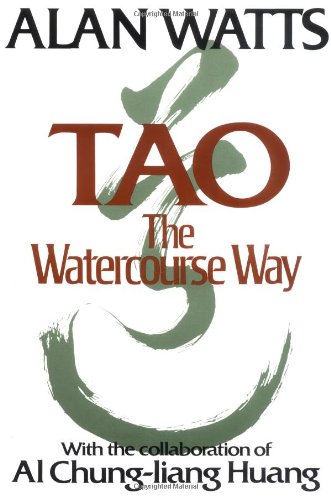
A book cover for Tao: The Watercourse Way; Alan Watts; Politics & Social Sciences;